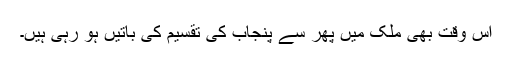
اس وقت بھی ملک میں پھر سے پنجاب کی تقسیم کی باتیں ہو رہی ہیں۔